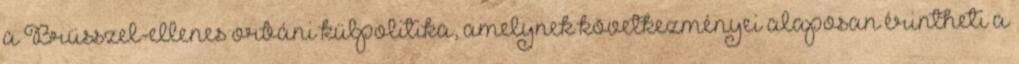
a Brüsszel-ellenes orbáni külpolitika, amelynek következményei alaposan érintheti a